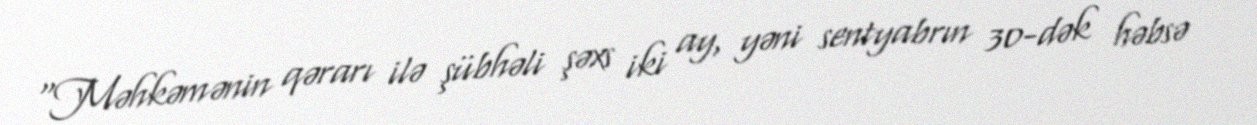
“Məhkəmənin qərarı ilə şübhəli şəxs iki ay, yəni sentyabrın 30-dək həbsə